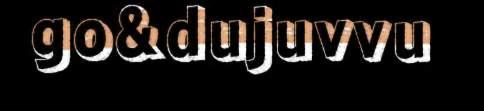
go&dujuvvu